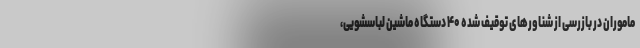
ماموران در بازرسی از شناورهای توقیف شده ۴۰ دستگاه ماشین لباسشویی،